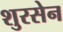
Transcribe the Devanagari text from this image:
शुरसेन